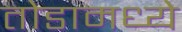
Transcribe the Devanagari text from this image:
तोडामध्ये